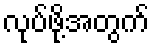
လုပ်ဖို့အတွက်